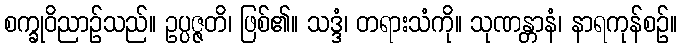
စက္ခုဝိညာဉ်သည်။ ဥပ္ပဇ္ဇတိ၊ ဖြစ်၏။ သဒ္ဒံ၊ တရားသံကို။ သုဏန္တာနံ၊ နာရကုန်စဉ်။